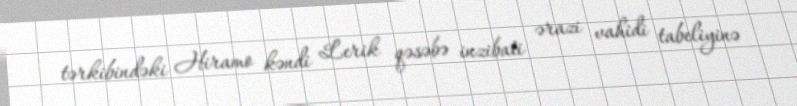
tərkibindəki Hiramo kəndi Lerik qəsəbə inzibati ərazi vahidi tabeliyinə